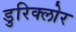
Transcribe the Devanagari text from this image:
डुरिक्लोर